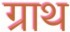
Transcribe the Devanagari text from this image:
ग्राथ